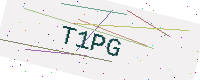
Text: T1PG